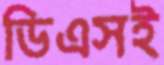
ডিএসই